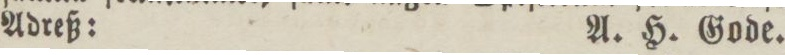
Adreß:    A. H. Gode.